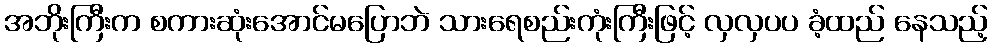
အဘိုးကြီးက စကားဆုံးအောင်မပြောဘဲ သားရေစည်းကုံးကြီးဖြင့် လှလှပပ ခံ့ထည် နေသည့်